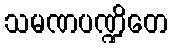
သမဏပဏ္ဍိတေ